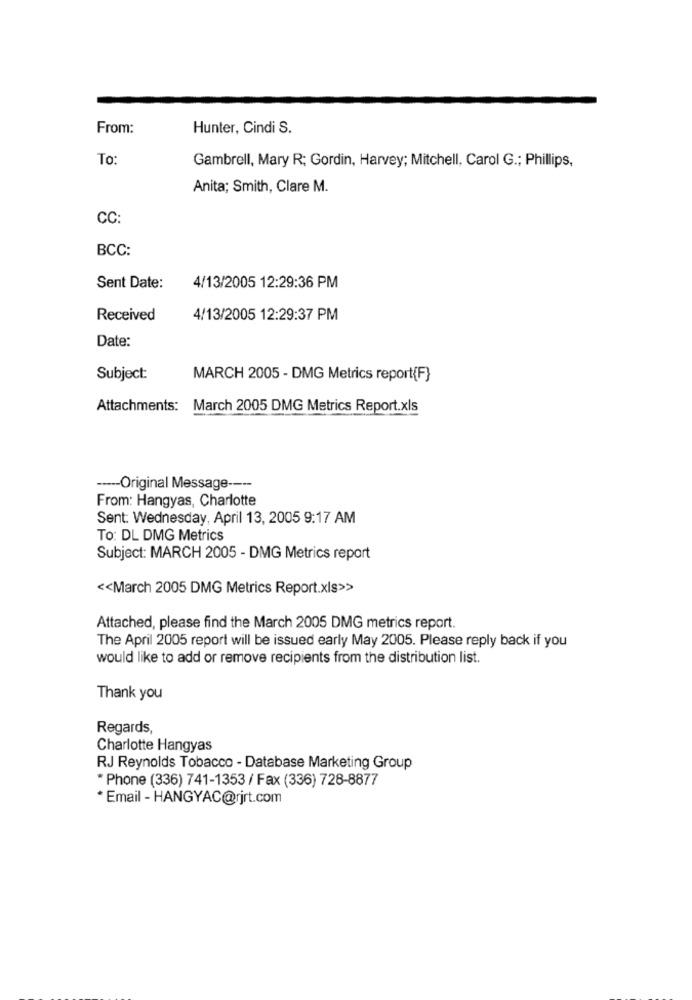
From:
Hunter, Cindi S.
To:
Gambrell, Mary R; Gordin, Harvey; Mitchell, Carol G .; Phillips,
Anita; Smith, Clare M.
CC:
BCC:
Sent Date:
4/13/2005 12:29:36 PM
Received
4/13/2005 12:29:37 PM
Date:
Subject:
MARCH 2005 - DMG Metrics report{F}
Attachments: March 2005 DMG Metrics Report.xls
----- Original Message ----
From: Hangyas, Charlotte
Sent: Wednesday, April 13, 2005 9:17 AM
To: DL DMG Metrics
Subject: MARCH 2005 - DMG Metrics report
<< March 2005 DMG Metrics Report.xls>>
Attached, please find the March 2005 DMG metrics report.
The April 2005 report will be issued early May 2005. Please reply back if you
would like to add or remove recipients from the distribution list.
Thank you
Regards,
Charlotte Hangyas
RJ Reynolds Tobacco - Database Marketing Group
* Phone (336) 741-1353 / Fax (336) 728-8877
* Email - HANGYAC@rjrt.com